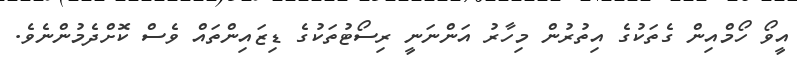
އީވޯ ހޯމްއިން ގެތަކުގެ އިތުރުން މިހާރު އަންނަނީ ރިސޯޓުތަކުގެ ޑިޒައިންތައް ވެސް ކޮށްދެމުންނެވެ.